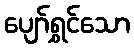
ပျော်ရွှင်သော